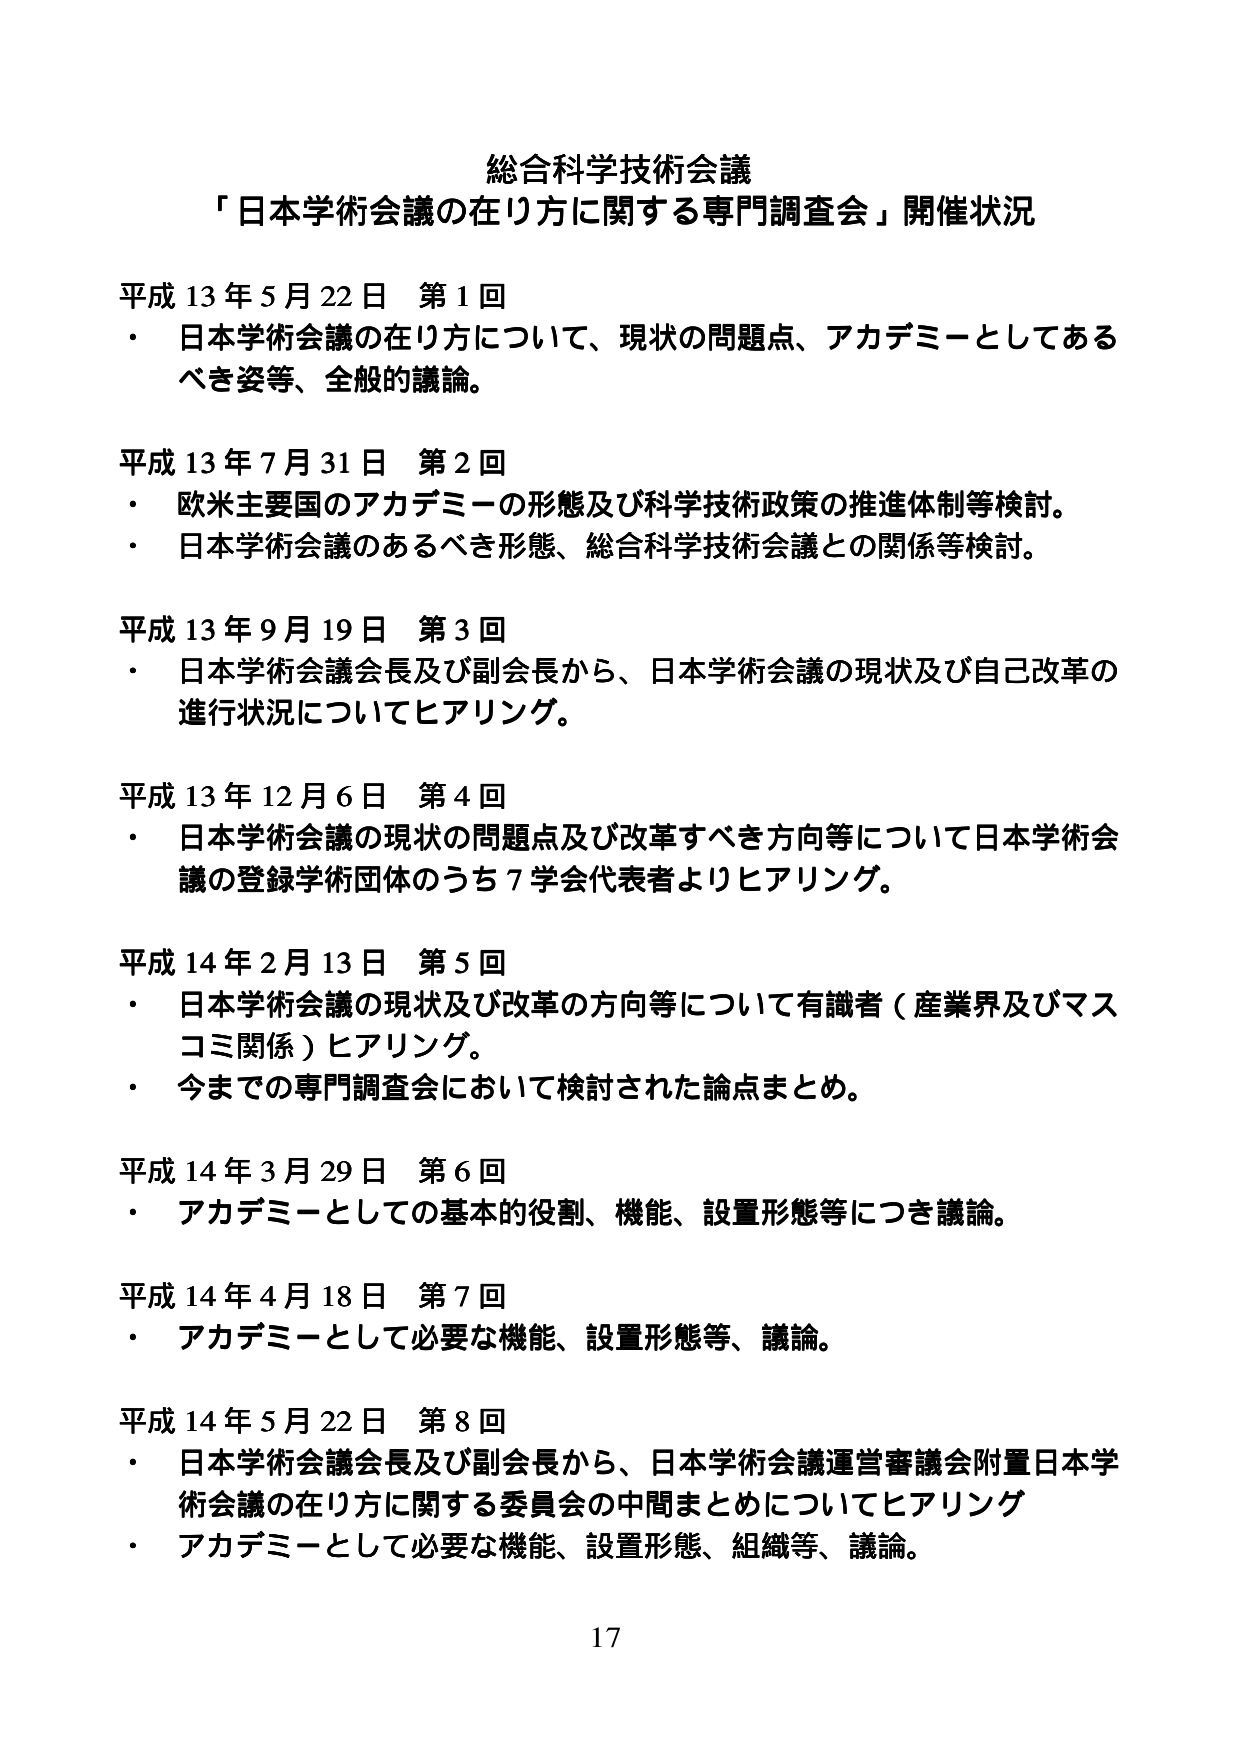
総合科学技術会議
「日本学術会議の在り方に関する専門調査会」開催状況

平成13年5月22日 第1回
・ 日本学術会議の在り方について、現状の問題点、アカデミーとしてあるべき姿等、全般的議論。

平成13年7月31日 第2回
・ 欧米主要国のアカデミーの形態及び科学技術政策の推進体制等検討。
・ 日本学術会議のあるべき形態、総合科学技術会議との関係等検討。

平成13年9月19日 第3回
・ 日本学術会議会長及び副会長から、日本学術会議の現状及び自己改革の進行状況についてヒアリング。

平成13年12月6日 第4回
・ 日本学術会議の現状の問題点及び改革すべき方向等について日本学術会議の登録学術団体のうち7学会代表者よりヒアリング。

平成14年2月13日 第5回
・ 日本学術会議の現状及び改革の方向等について有識者（産業界及びマスコミ関係）ヒアリング。
・ 今までの専門調査会において検討された論点まとめ。

平成14年3月29日 第6回
・ アカデミーとしての基本的役割、機能、設置形態等につき議論。

平成14年4月18日 第7回
・ アカデミーとして必要な機能、設置形態等、議論。

平成14年5月22日 第8回
・ 日本学術会議会長及び副会長から、日本学術会議運営審議会附置日本学術会議の在り方に関する委員会の中間まとめについてヒアリング
・ アカデミーとして必要な機能、設置形態、組織等、議論。

17